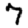
Digit: 7